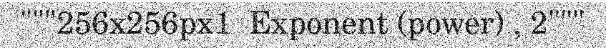
"""256x256px1  Exponent (power) , 2"""